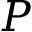
P